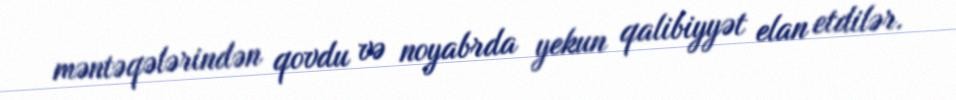
məntəqələrindən qovdu və noyabrda yekun qalibiyyət elan etdilər.